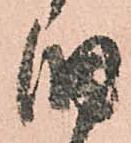
旧